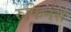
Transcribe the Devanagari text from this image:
रुफिनस